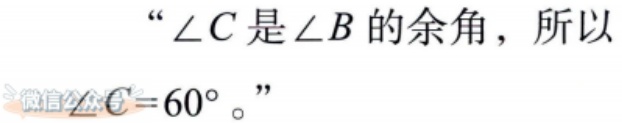
“\(\angle C\)是\(\angle B\)的余角，所以\(\angle C = 60^{\circ}\)。”